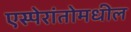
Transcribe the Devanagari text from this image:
एस्पेरांतोमधील